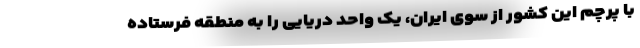
با پرچم این کشور از سوی ایران، یک واحد دریایی را به منطقه فرستاده